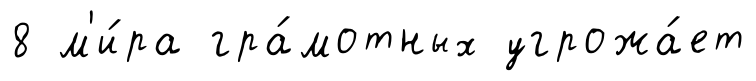
8 м'и́ра гра́мотных угрожа́ет